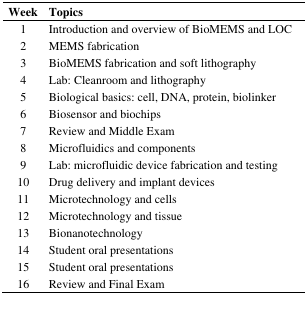
| Week | Topics |
 | --- | --- |
 | 1 | Introduction and overview of BioMEMS and LOC |
 | 2 | MEMS fabrication |
 | 3 | BioMEMS fabrication and soft lithography |
 | 4 | Lab: Cleanroom and lithography |
 | 5 | Biological basics: cell, DNA, protein, biolinker |
 | 6 | Biosensor and biochips |
 | 7 | Review and Middle Exam |
 | 8 | Microfluidics and components |
 | 9 | Lab: microfluidic device fabrication and testing |
 | 10 | Drug delivery and implant devices |
 | 11 | Microtechnology and cells |
 | 12 | Microtechnology and tissue |
 | 13 | Bionanotechnology |
 | 14 | Student oral presentations |
 | 15 | Student oral presentations |
 | 16 | Review and Final Exam |